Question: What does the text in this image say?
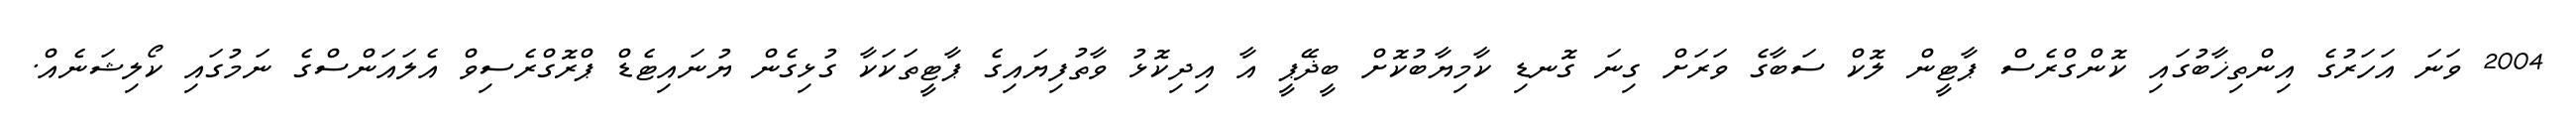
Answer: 2004 ވަނަ އަހަރުގެ އިންތިޚާބުގައި ކޮންގްރެސް ޕާޓީން ލޮކް ސަބާގެ ވަރަށް ގިނަ ގޮނޑި ކާމިޔާބުކޮށް ބީޛޭޕީ އާ އިދިކޮޅު ވާތުފިޔައިގެ ޕާޓީތަކަކާ ގުޅިގެން ޔުނައިޓެޑް ޕްރޮގްރެސިވް އެލައަންސްގެ ނަމުގައި ކޯލިޝަނެއް.